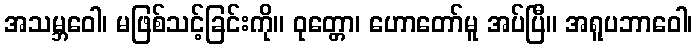
အသမ္ဘဝေါ၊ မဖြစ်သင့်ခြင်းကို။ ဝုတ္တော၊ ဟောတော်မူ အပ်ပြီ။ အရူပဘာဝေါ၊